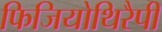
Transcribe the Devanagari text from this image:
फिजियोथिरैपी